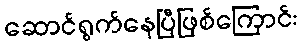
ဆောင်ရွက်နေပြီဖြစ်ကြောင်း